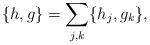
LaTeX: \begin{align*}\{h,g\} &= \sum_{j,k} \{h_j,g_k\},\end{align*}